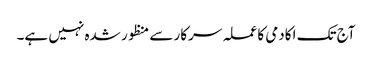
آج تک اکادمی کا عملہ سرکار سے منظور شدہ نہیں ہے۔